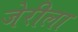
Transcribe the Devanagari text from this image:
जेरीला